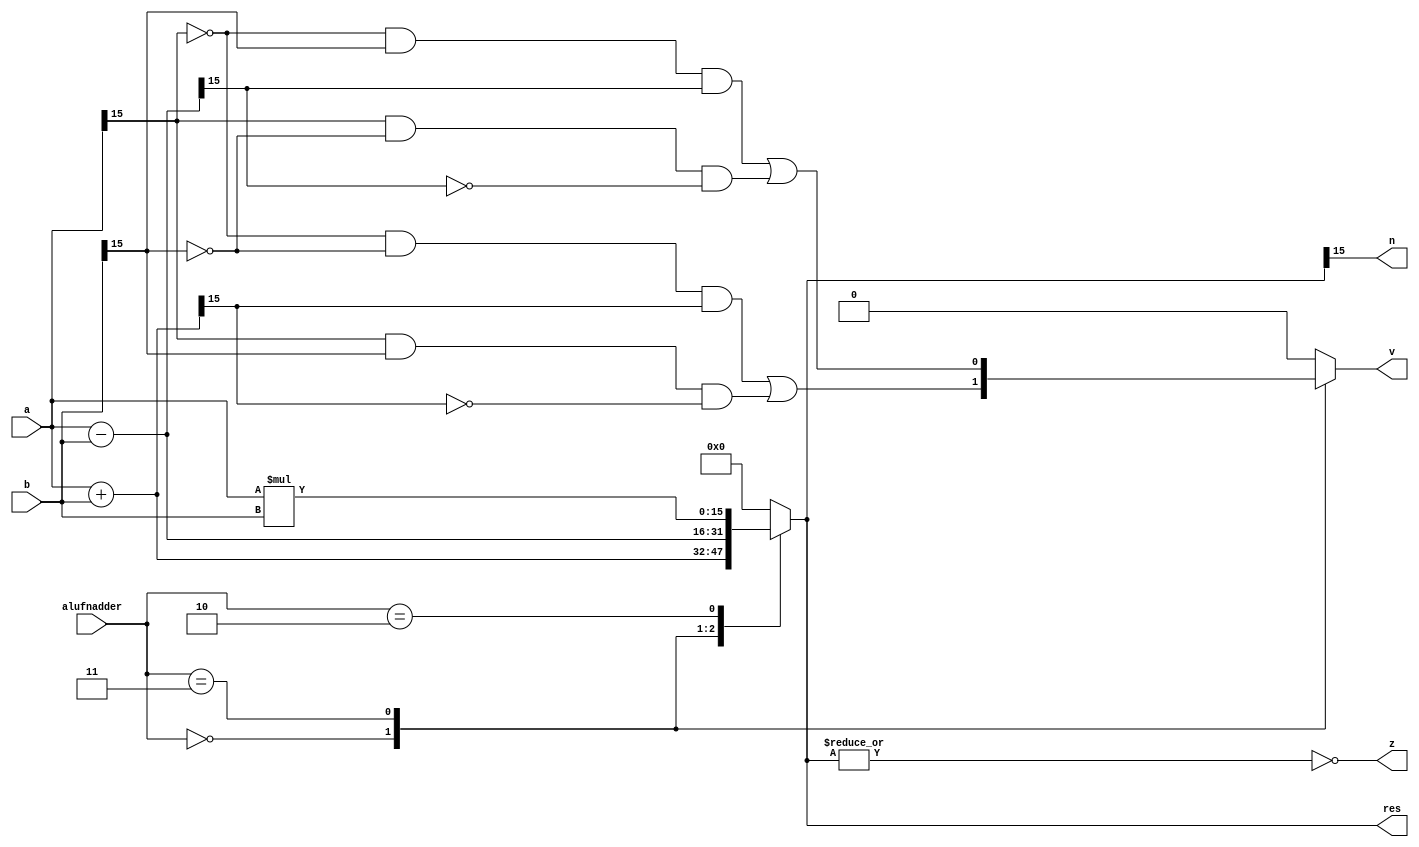
/*
   This file was generated automatically by the Mojo IDE version B1.3.6.
   Do not edit this file directly. Instead edit the original Lucid source.
   This is a temporary file and any changes made to it will be destroyed.
*/

module adderFunction_18 (
    input [15:0] a,
    input [15:0] b,
    input [1:0] alufnadder,
    output reg [15:0] res,
    output reg z,
    output reg v,
    output reg n
  );
  
  
  
  reg [15:0] temp;
  
  always @* begin
    
    case (alufnadder)
      2'h0: begin
        temp = a + b;
        v = ((~a[15+0-:1]) & (~b[15+0-:1]) & temp[15+0-:1]) | (a[15+0-:1] & b[15+0-:1] & (~temp[15+0-:1]));
      end
      2'h3: begin
        temp = a - b;
        v = ((~a[15+0-:1]) & (b[15+0-:1]) & temp[15+0-:1]) | (a[15+0-:1] & ~b[15+0-:1] & (~temp[15+0-:1]));
      end
      2'h2: begin
        temp = a * b;
        v = 1'h0;
      end
      default: begin
        temp = 16'h0000;
        v = 1'h0;
      end
    endcase
    res = temp;
    z = (~|temp);
    n = temp[15+0-:1];
  end
endmodule